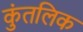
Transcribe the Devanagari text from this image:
कुंतलिक